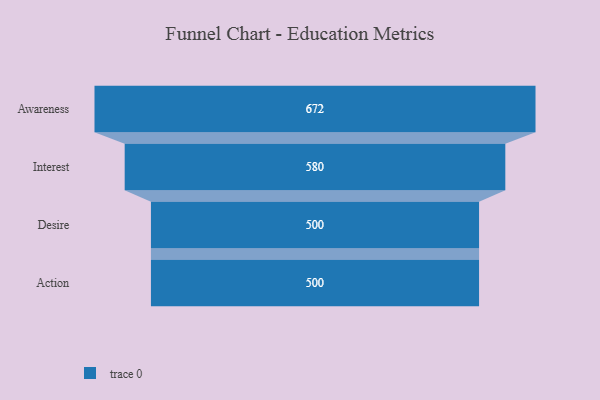
{"axis": {"x": "Stage", "y": "Value"}, "legend": [""], "data": [{"x": "Awareness", "y": 672.0, "type": ""}, {"x": "Interest", "y": 580.0, "type": ""}, {"x": "Desire", "y": 500, "type": ""}, {"x": "Action", "y": 500, "type": ""}]}